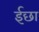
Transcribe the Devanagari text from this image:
ईछा